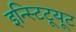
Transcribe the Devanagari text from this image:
इन्स्टिटूयूट